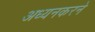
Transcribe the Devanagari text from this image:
अध्यनकरने